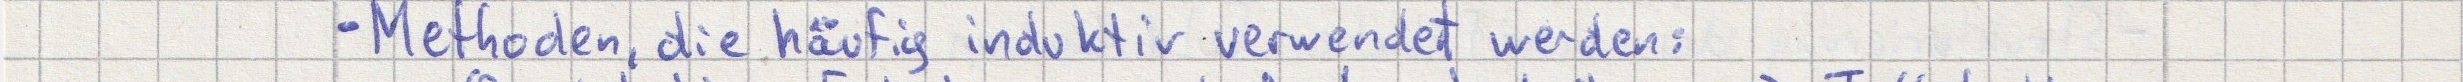
- Methoden, die häufig induktiv verwendet werden: